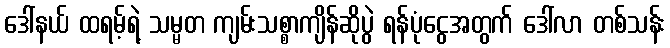
ဒေါ်နယ် ထရမ့်ရဲ့ သမ္မတ ကျမ်းသစ္စာကျိန်ဆိုပွဲ ရန်ပုံငွေအတွက် ဒေါ်လာ တစ်သန်း